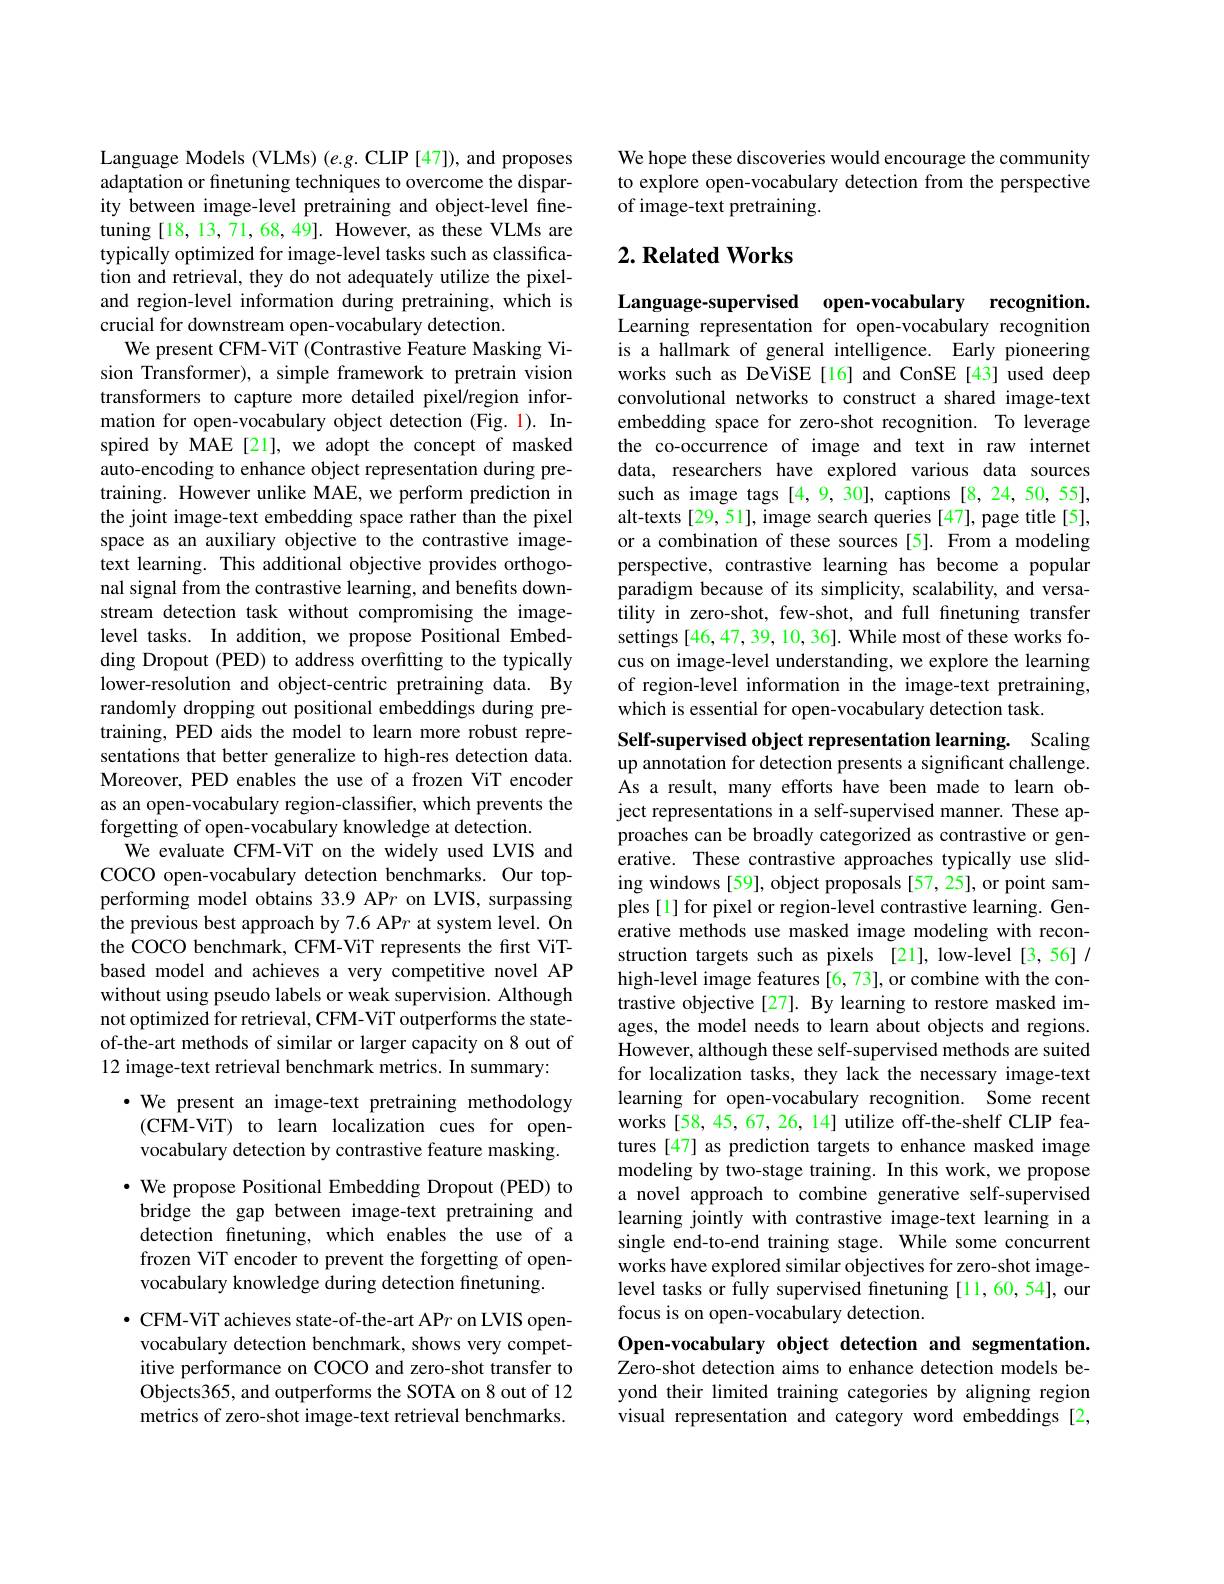
Language Models (VLMs) (e.g. CLIP [47]), and proposes adaptation or finetuning techniques to overcome the disparity between image-level pretraining and object-level finetuning[18,13,71,68,49]. However, as these VLMs are typically optimized for image-level tasks such as classification and retrieval, they do not adequately utilize the pixeland region-level information during pretraining, which is crucial for downstream open-vocabulary detection.
We present CFM-ViT (Contrastive Feature Masking Vision Transformer), a simple framework to pretrain vision transformers to capture more detailed pixel/region information for open-vocabulary object detection (Fig. 1). Inspired by MAE[21], we adopt the concept of masked auto-encoding to enhance object representation during pretraining. However unlike MAE, we perform prediction in the joint image-text embedding space rather than the pixel space as an auxiliary objective to the contrastive imagetext learning. This additional objective provides orthogonal signal from the contrastive learning, and benefits downstream detection task without compromising the imagelevel tasks. In addition, we propose Positional Embedding Dropout (PED) to address overfitting to the typically lower-resolution and object-centric pretraining data. By randomly dropping out positional embeddings during pretraining, PED aids the model to learn more robust representations that better generalize to high-res detection data. Moreover, PED enables the use of a frozen ViT encoder as an open-vocabulary region-classifier, which prevents the forgetting of open-vocabulary knowledge at detection.
We evaluate CFM-ViT on the widely used LVIS and COCO open-vocabulary detection benchmarks. Our topperforming model obtains 33.9 AP$r$ on LVIS, surpassing the previous best approach by 7.6 APr at system level. On the COCO benchmark, CFM-ViT represents the first ViTbased model and achieves a very competitive novel AP without using pseudo labels or weak supervision. Although not optimized for retrieval, CFM-ViT outperforms the stateof-the-art methods of similar or larger capacity on 8 out of 12 image-text retrieval benchmark metrics. In summary:
$\cdot$ We present an image-text pretraining methodology (CFM-ViT) to learn localization cues for openvocabulary detection by contrastive feature masking. $\cdot$ We propose Positional Embedding Dropout (PED) to bridge the gap between image-text pretraining and detection fnetuning, which enables the use of a frozen ViT encoder to prevent the forgetting of openvocabulary knowledge during detection finetuning.
$\bullet$ CFM-ViT achieves state-of-the-art AP$r$ on LVIS open-
vocabulary detection benchmark, shows very competitive performance on COCO and zero-shot transfer to Objects365, and outperforms the SOTA on 8 out of 12 metrics of zero-shot image-text retrieval benchmarks.

We hope these discoveries would encourage the community to explore open-vocabulary detection from the perspective of image-text pretraining.

## $2. \textbf{ Related Works}$

Language-supervised open-vocabulary recognition. Learning representation for open-vocabulary recognition is a hallmark of general intelligence. Early pioneering works such as DeViSE[16] and ConSE[43] used deep convolutional networks to construct a shared image-text embedding space for zero-shot recognition. To leverage the co-occurrence of image and text in raw internet data, researchers have explored various data sources such as image tags [4,9,30], captions [8,24,50,55], alt-texts[29,51], image search queries [47], page title[5], or a combination of these sources [5]. From a modeling perspective, contrastive learning has become a popular paradigm because of its simplicity, scalability, and versatility in zero-shot, few-shot, and full finetuning transfer settings [46,47,39,10,36]. While most of these works focus on image-level understanding, we explore the learning of region-level information in the image-text pretraining, which is essential for open-vocabulary detection task.

Self-supervised object representation learning. Scaling up annotation for detection presents a significant challenge. As a result, many efforts have been made to learn object representations in a self-supervised manner. These approaches can be broadly categorized as contrastive or generative. These contrastive approaches typically use sliding windows [59], object proposals [57,25], or point samples [1] for pixel or region-level contrastive learning. Generative methods use masked image modeling with reconstruction targets such as pixels [21], low-level[3,56]/ high-level image features [6, 73], or combine with the contrastive objective[27]. By learning to restore masked images, the model needs to learn about objects and regions. However, although these self-supervised methods are suited for localization tasks, they lack the necessary image-text learning for open-vocabulary recognition. Some recent works [58, 45, 67, 26, 14] utilize off-the-shelf CLIP features [47] as prediction targets to enhance masked image modeling by two-stage training. In this work, we propose a novel approach to combine generative self-supervised learning jointly with contrastive image-text learning in a single end-to-end training stage. While some concurrent works have explored similar objectives for zero-shot imagelevel tasks or fully supervised finetuning[11,60,54], our focus is on open-vocabulary detection.
Open-vocabulary object detection and segmentation. Zero-shot detection aims to enhance detection models be-

yond their limited training categories by aligning region visual representation and category word embeddings [2,